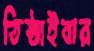
তিষ্ঠাইবার